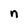
Character: n